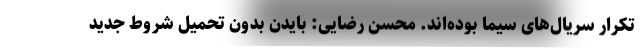
تکرار سریال‌های سیما بوده‌اند. محسن رضایی: بایدن بدون تحمیل شروط جدید